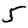
Digit: 5